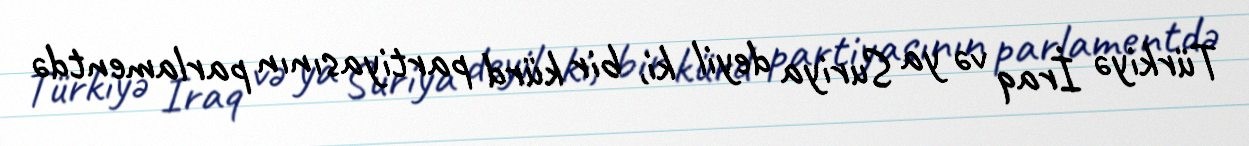
Türkiyə İraq və ya Suriya deyil ki, bir kürd partiyasının parlamentdə